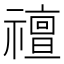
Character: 䄠